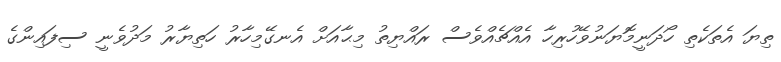
ތިޔަ އެތަކެތި ހޯދަނީމޮޔަނުވޭހުރިހާ އެއްޗެއްވެސް ރައްޔިތު މިޙާއަށް އެނގޭމިހާރު ހަތިޔާރު މަދުވެނީ ސިފައިންގެ